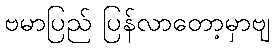
ဗမာပြည် ပြန်လာတော့မှာဗျ